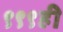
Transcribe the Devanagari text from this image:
९९९ही